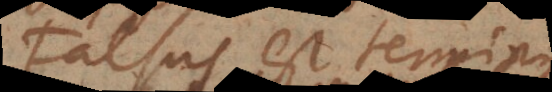
Falsus est termi